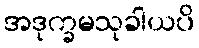
အဒုက္ခမသုခါယပိ